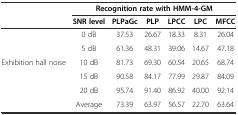
<table><thead><tr><td></td><td colspan="6"><b>Recognition rate with HMM-4-GM</b></td></tr><tr><td></td><td><b>SNR level</b></td><td><b>PLPaGc</b></td><td><b>PLP</b></td><td><b>LPCC</b></td><td><b>LPC</b></td><td><b>MFCC</b></td></tr></thead><tbody><tr><td></td><td>0 dB</td><td>37.53</td><td>26.67</td><td>18.33</td><td>8.31</td><td>26.04</td></tr><tr><td></td><td>5 dB</td><td>61.36</td><td>48.31</td><td>39.06</td><td>14.67</td><td>47.18</td></tr><tr><td>Exhibition hall noise</td><td>10 dB</td><td>81.73</td><td>69.30</td><td>60.54</td><td>20.65</td><td>68.74</td></tr><tr><td></td><td>15 dB</td><td>90.58</td><td>84.17</td><td>77.99</td><td>29.87</td><td>84.09</td></tr><tr><td></td><td>20 dB</td><td>95.74</td><td>91.40</td><td>86.92</td><td>40.00</td><td>92.14</td></tr><tr><td></td><td>Average</td><td>73.39</td><td>63.97</td><td>56.57</td><td>22.70</td><td>63.64</td></tr></tbody></table>